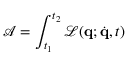
\mathcal { A } = \int _ { t _ { 1 } } ^ { t _ { 2 } } \mathcal { L } ( \mathbf { q } ; \dot { \mathbf { q } } , t )